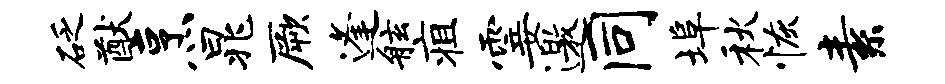
砭猷烹晁厥逢舷疽霎邀同埠秋恢素